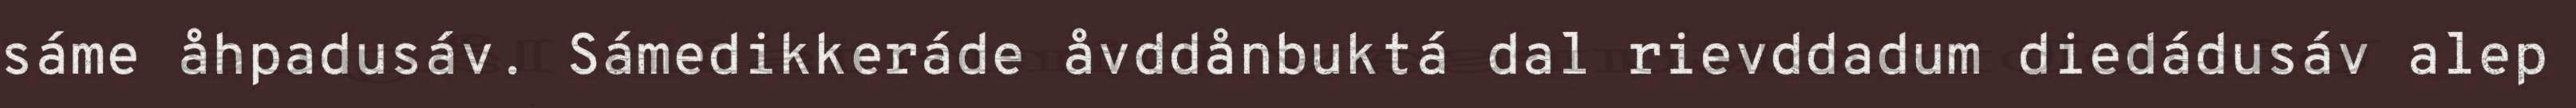
sáme åhpadusáv. Sámedikkeráde åvddånbuktá dal rievddadum diedádusáv alep